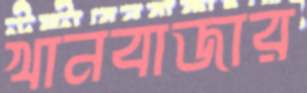
খানবাজার